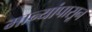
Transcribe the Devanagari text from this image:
मान्यांपासून